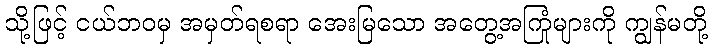
သို့ဖြင့် ငယ်ဘဝမှ အမှတ်ရစရာ အေးမြသော အတွေ့အကြုံများကို ကျွန်မတို့